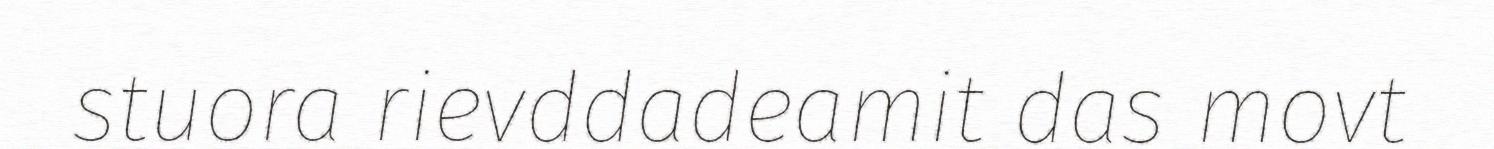
stuora rievddadeamit das movt